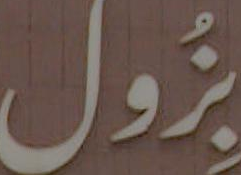
بِزُول